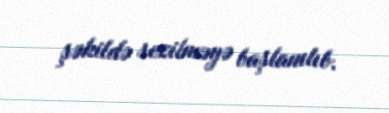
şəkildə sezilməyə başlanılıb.